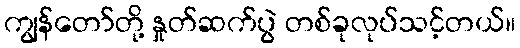
ကျွန်တော်တို့ နှုတ်ဆက်ပွဲ တစ်ခုလုပ်သင့်တယ်။